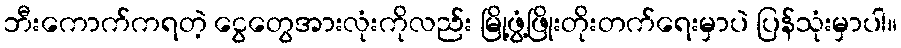
ဘီးကောက်ကရတဲ့ ငွေတွေအားလုံးကိုလည်း မြို့ဖွံ့ဖြိုးတိုးတက်ရေးမှာပဲ ပြန်သုံးမှာပါ။